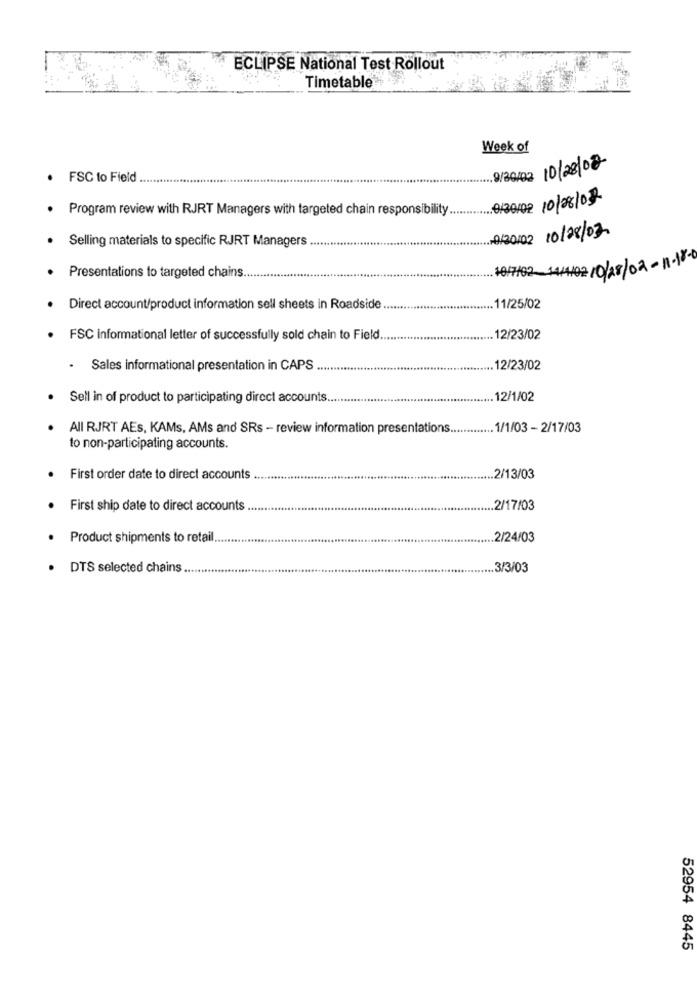
ECLIPSE National Test Rollout
Timetable
Week of
9/30/02 10/28/02
. FSC to Field
0/30/02 10/08/032
· Program review with RJRT Managers with targeted chain responsibility
Selling materials to specific RJRT Managers
0/20/02 10/08/03
Presentations to targeted chains.
10/7/02_1414102 /0/ 28/02 - 1-18-0
Direct account/product information sell sheets in Roadside.
11/25/02
. FSC informational letter of successfully sold chain to Field.
... 12/23/02
.
Sales informational presentation in CAPS
.. 12/23/02
Sell in of product to participating direct accounts
12/1/02
All RJRT AEs, KAMs, AMs and SRs - review information presentations ...
1/1/03 - 2/17/03
to non-participating accounts.
First order date to direct accounts
... 2/13/03
First ship date to direct accounts
.2/17/03
. Product shipments to retail
2/24/03
DTS selected chains
... 3/3/03
52954 8445